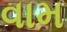
વામ